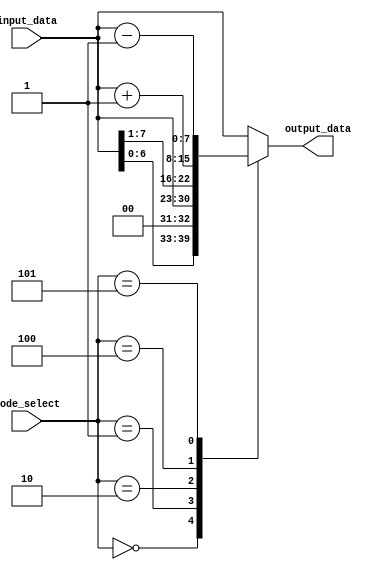
module Hybrid_Barrel_Shifter(
  input [7:0] input_data,
  input [2:0] mode_select,
  output reg [7:0] output_data
  );

  always @(*)
    case(mode_select)
      3'b000: output_data <= input_data << 1; // Left shift
      3'b001: output_data <= input_data >> 1; // Right shift
      3'b010: output_data <= {input_data[0], input_data[7:1]}; // Rotate left
      3'b011: output_data <= {input_data[1:7], input_data[0]}; // Rotate right
      3'b100: output_data <= input_data + 4'b1; // Add 1 in binary
      3'b101: output_data <= input_data - 4'b1; // Subtract 1 in binary
      default: output_data <= input_data;
    endcase

endmodule